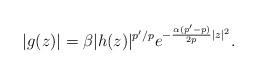
LaTeX: \begin{align*}|g(z)|=\beta|h(z)|^{{p'}/p}e^{-\frac{\alpha(p'-p)}{2p}|z|^2}.\end{align*}